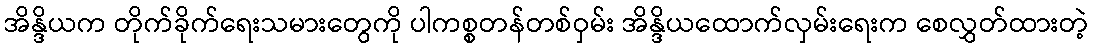
အိန္ဒိယက တိုက်ခိုက်ရေးသမားတွေကို ပါကစ္စတန်တစ်ဝှမ်း အိန္ဒိယထောက်လှမ်းရေးက စေလွှတ်ထားတဲ့